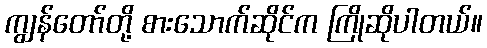
ကျွန်တော်တို့ စားသောက်ဆိုင်က ကြိုဆိုပါတယ်။